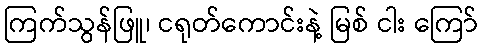
ကြက်သွန်ဖြူ၊ ငရုတ်ကောင်းနဲ့ မြစ် ငါး ကြော်